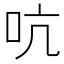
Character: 吭